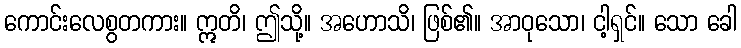
ကောင်းလေစွတကား။ ဣတိ၊ ဤသို့။ အဟောသိ၊ ဖြစ်၏။ အာဝုသော၊ ငါ့ရှင်။ သော ခေါ